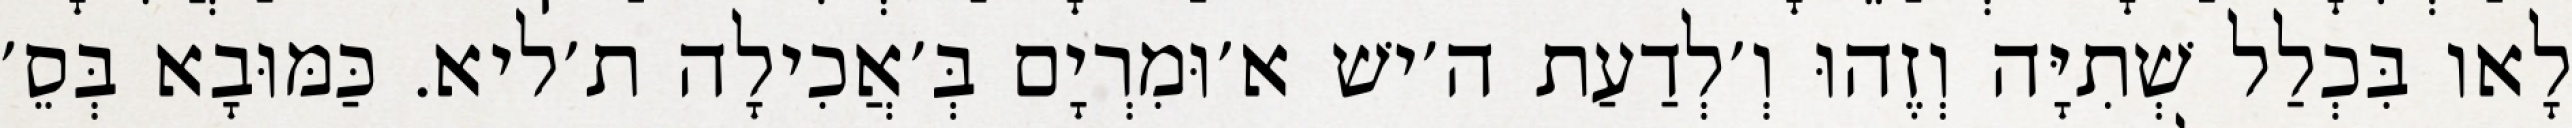
לָאו בִּכְלַל שְׁתִיָּה וְזֶהוּ וְ׳לְדַעַת ה׳ישׁ א׳וּמִרְיָם בְּ׳אֲכִילָה ת׳ליא. כַּמּוּבָא בְּסֵ׳